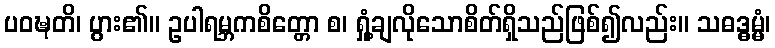
ပဝဍ္ဎတိ၊ ပွား၏။ ဥပါရမ္ဘကစိတ္တော စ၊ ရှုံ့ချလိုသောစိတ်ရှိသည်ဖြစ်၍လည်း။ သဓဒ္ဓမ္မံ၊